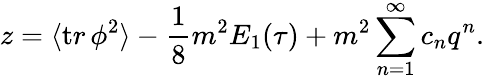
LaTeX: z=\langle{\mathrm tr}\, \phi^{2}\rangle-{\frac{1}{8}}m^{2}E_{1}(\tau)+m^{2}\sum_{n=1}^{\infty}c_{n}q^{n}.